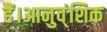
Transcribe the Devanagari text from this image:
हैं।आनुव्ंशिक